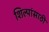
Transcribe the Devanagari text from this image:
शिल्पांसाठी